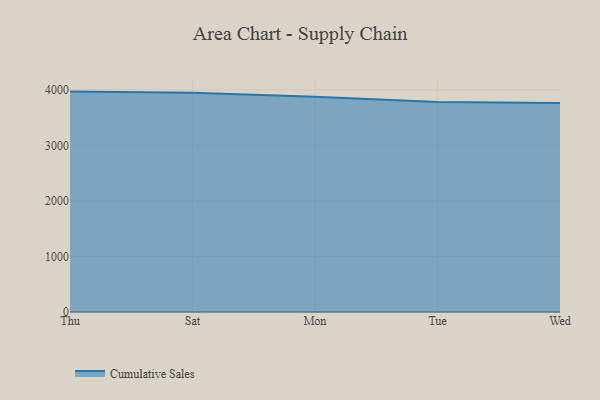
{"axis": {"x": "Day", "y": "Tickets Resolved"}, "legend": ["Cumulative Sales"], "data": [{"x": "Thu", "y": 3967.5, "type": "Cumulative Sales"}, {"x": "Sat", "y": 3946.3, "type": "Cumulative Sales"}, {"x": "Mon", "y": 3874.8, "type": "Cumulative Sales"}, {"x": "Tue", "y": 3780.6, "type": "Cumulative Sales"}, {"x": "Wed", "y": 3763.9, "type": "Cumulative Sales"}]}